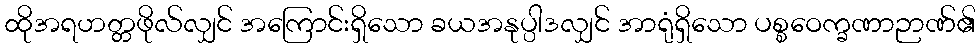
ထိုအရဟတ္တဖိုလ်လျှင် အကြောင်းရှိသော ခယအနုပ္ပါဒလျှင် အာရုံရှိသော ပစ္စဝေက္ခဏာဉာဏ်၏